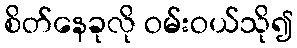
စိတ်နေခုလို ဝမ်းဝယ်သို၍